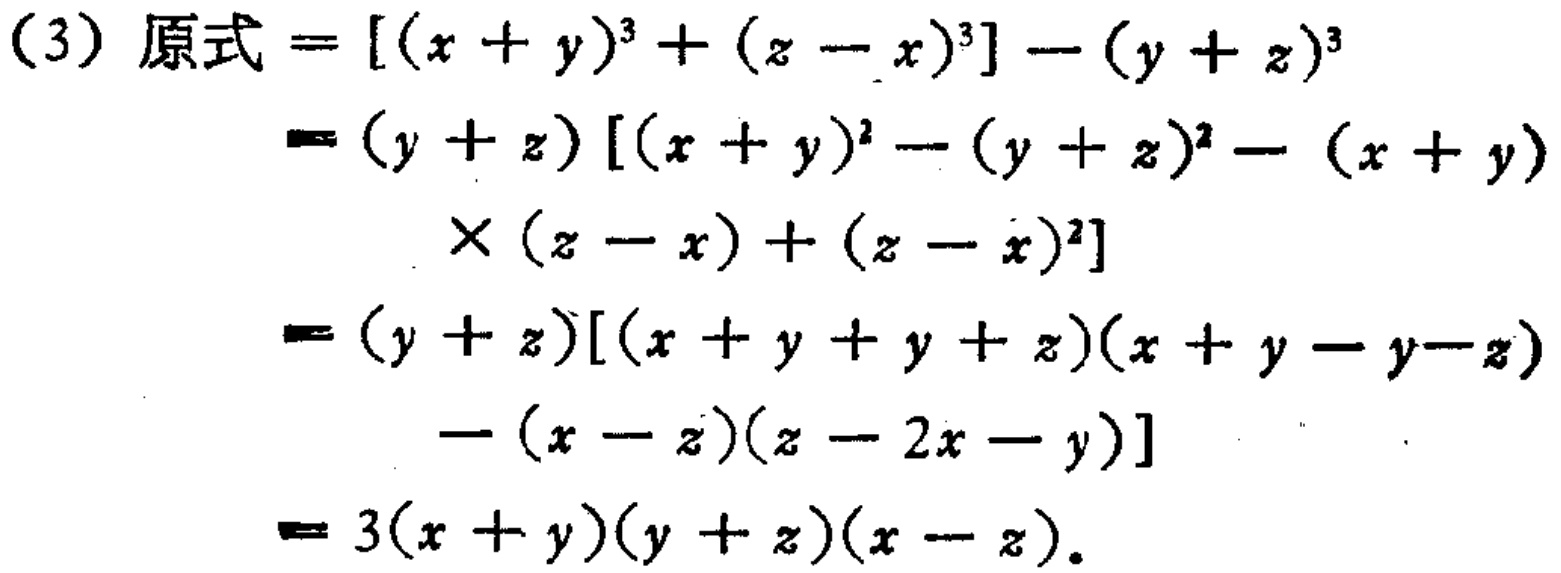
\[(3)\text{ 原式}=[(x + y)^{3}+(z - x)^{3}]-(y + z)^{3}\\

=(y + z)[(x + y)^{2}-(y + z)^{2}-(x + y)\times(z - x)+(z - x)^{2}]\\

=(y + z)[(x + y + y + z)(x + y - y - z)-(x - z)(z - 2x - y)]\\

=3(x + y)(y + z)(x - z).\]